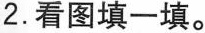
2.看图填一填。